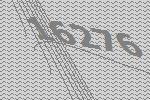
16276